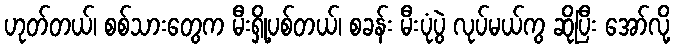
ဟုတ်တယ်၊ စစ်သားတွေက မီးရှို့ပစ်တယ်၊ စခန်း မီးပုံပွဲ လုပ်မယ်ကွ ဆိုပြီး အော်လို့